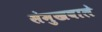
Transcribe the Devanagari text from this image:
संमुखवाले